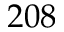
2 0 8